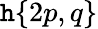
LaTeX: \mathtt{h}{\left\{ \begin{array}{l}{2p,q}\end{array}\right\} }